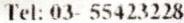
TEL: 03- 55423228